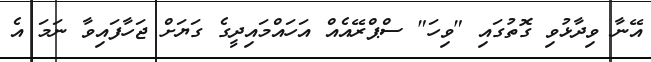
އޭނާ ވިދާޅުވި ގޮތުގައި "ވިހަ" ސްޕްރޭއެއް އަހައްމައިދީގެ ގަޔަށް ޖަހާފައިވާ ނަމަ އެ